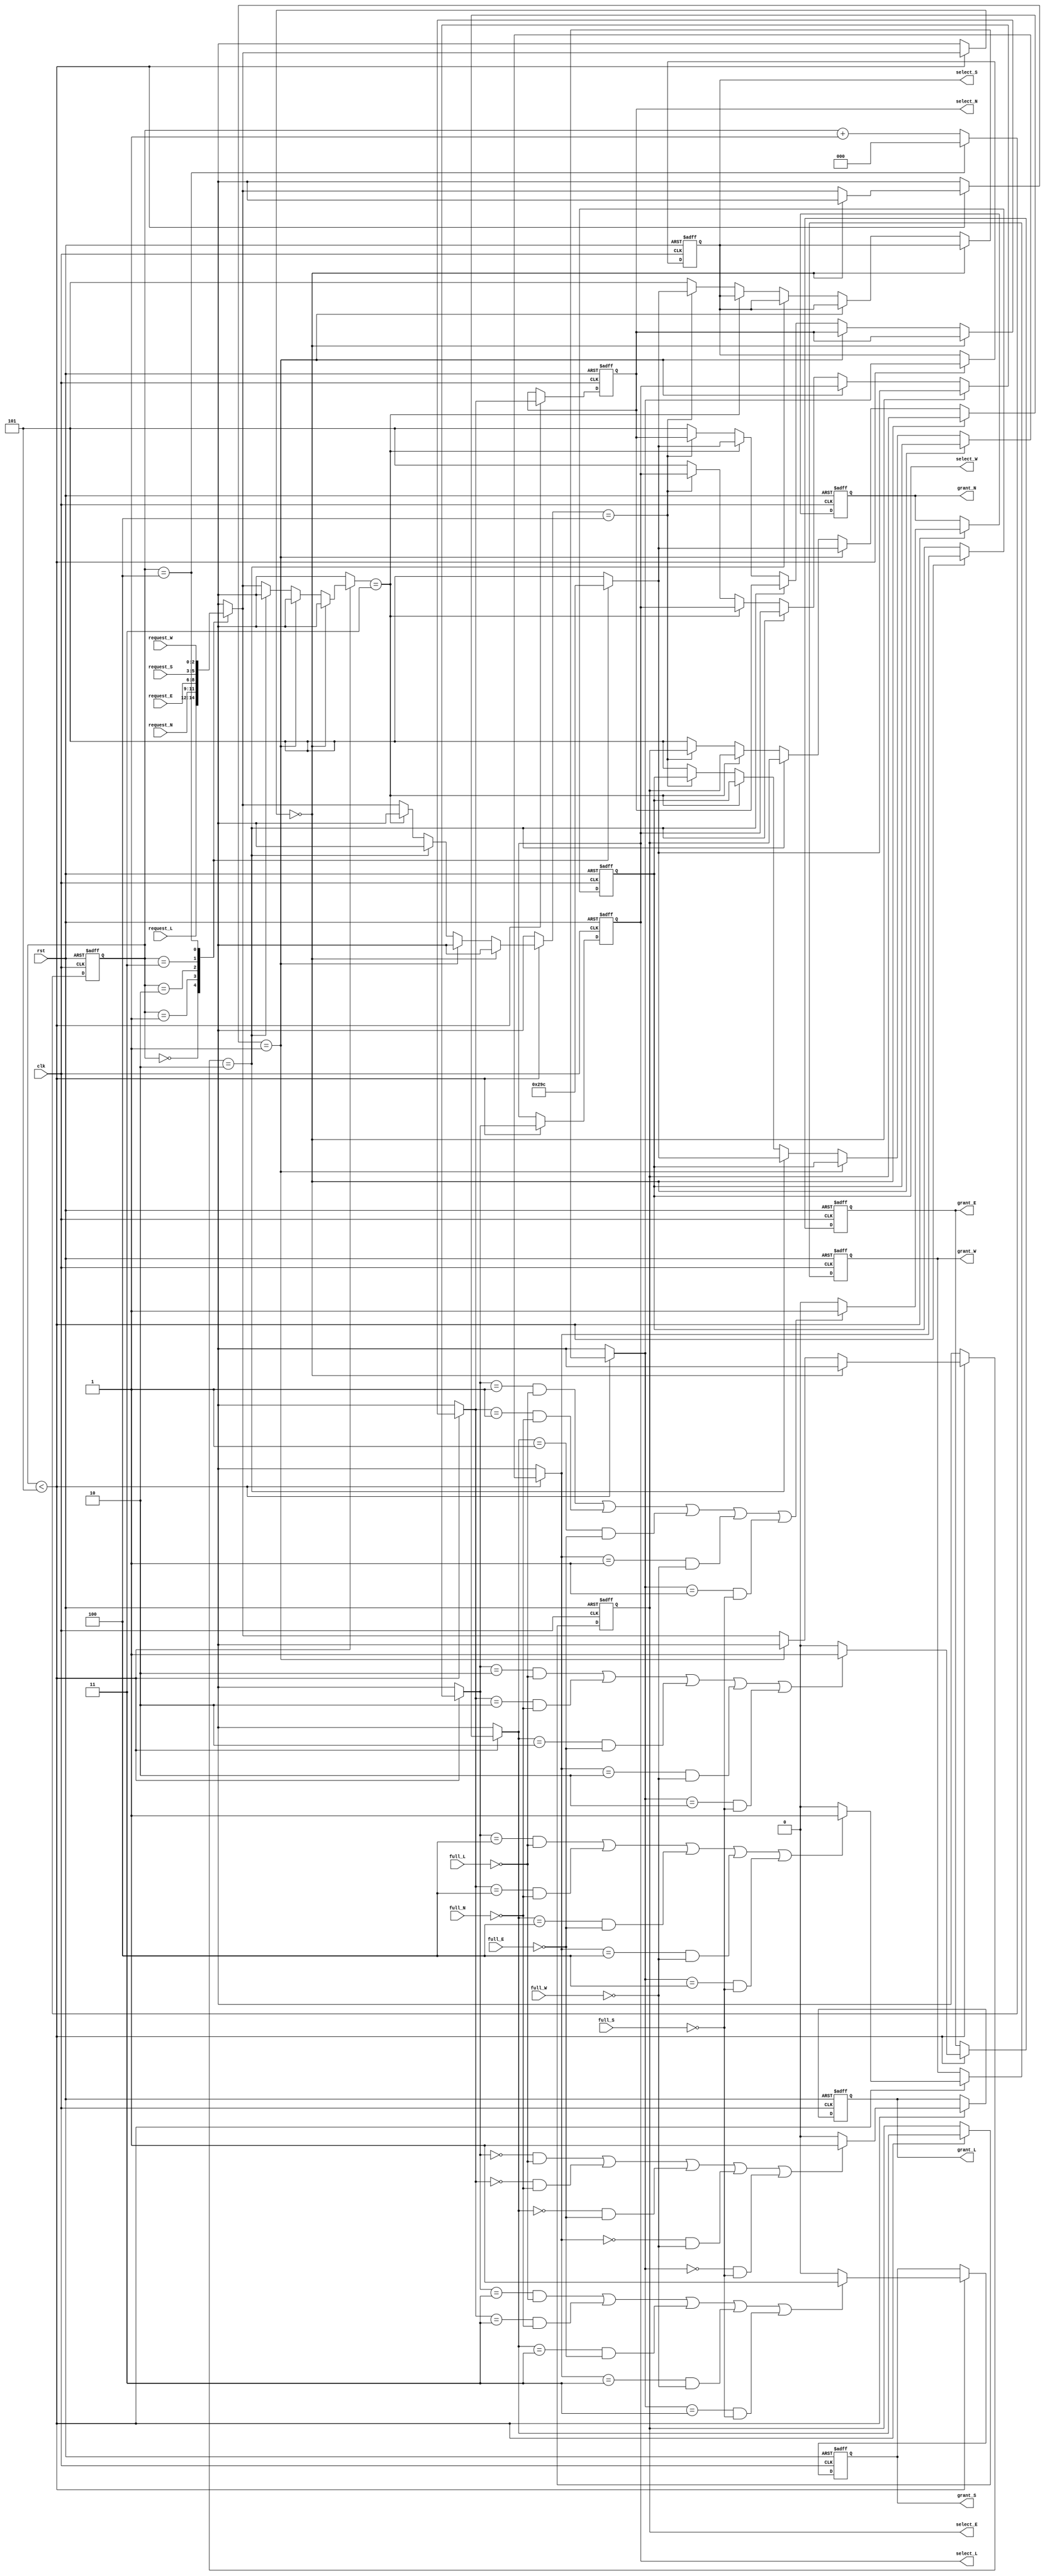
`timescale 1ns / 1ps
//////////////////////////////////////////////////////////////////////////////////
// Company: 
// Engineer: 
// 
// Design Name: 
// Module Name:    switch_atriber 
// Project Name: 
// Target Devices: 
// Tool versions: 
// Description: 
//
// Dependencies: 
//
// Revision: 
// Revision 0.01 - File Created
// Additional Comments: 
//
//////////////////////////////////////////////////////////////////////////////////
module switch_atriber
#(parameter N_BIT_SEL = 3,
  parameter N_REGISTER = 3)
( input [N_REGISTER-1:0] request_L, request_N, request_E, request_S, request_W,
  output reg grant_L,grant_N,grant_E,grant_S,grant_W,
  input full_L, full_N, full_E, full_S, full_W,
  input clk, rst,
  output reg [N_BIT_SEL-1:0] select_L, select_N, select_E, select_S, select_W
);

reg [N_REGISTER-1:0] request[4:0];
reg [2:0] count;

/*localparam */
localparam [N_REGISTER-1:0] OUT_L = 3'b000;
localparam [N_REGISTER-1:0] OUT_E = 3'b001;
localparam [N_REGISTER-1:0] OUT_W = 3'b010;
localparam [N_REGISTER-1:0] OUT_N = 3'b011;
localparam [N_REGISTER-1:0] OUT_S = 3'b100;
localparam [N_BIT_SEL-1:0] IN_NON = 3'd5;
localparam [N_BIT_SEL-1:0] IN_L = 3'd0;
localparam [N_BIT_SEL-1:0] IN_N = 3'd1;
localparam [N_BIT_SEL-1:0] IN_E = 3'd2;
localparam [N_BIT_SEL-1:0] IN_S = 3'd3;
localparam [N_BIT_SEL-1:0] IN_W = 3'd4;

always@*
	begin
		request[0] <= request_L;
		request[1] <= request_N;
		request[2] <= request_E;
		request[3] <= request_S;
		request[4] <= request_W;
	end
	
always@(posedge clk, posedge rst)
	begin
		if(rst)
			begin
				select_L = IN_NON;
				select_N = IN_NON;
				select_E = IN_NON;
				select_W = IN_NON;
				select_S = IN_NON;
				grant_L = 0;
				grant_N = 0;
				grant_E = 0;
				grant_W = 0;
				grant_S = 0;
				
				/*reset count*/
				count = 0;
			end
		else
			begin
				if(count < 5)
					begin
					/*Output local control*/
						if(request[count] == OUT_L) //output Local
							begin
								case(count)
									0: select_L = IN_L; //local
									1: select_L = IN_N; //N
									2: select_L = IN_E; //E
									3: select_L = IN_S; //S
									4: select_L = IN_W; //W
									default: select_L = IN_NON;
								endcase
							end
					/*Output East control*/
						 else if(request[count] == OUT_E) 
							begin
								case(count)
									0: select_E = IN_L; //local
									1: select_E = IN_N; //N
									2: select_E = IN_E; //E
									3: select_E = IN_S; //S
									4: select_E = IN_W; //W
									default: select_E = IN_NON;
								endcase
							end
					/*Output West control*/
						else if(request[count] == OUT_W) 
							begin
								case(count)
									0: select_W = IN_L; //local
									1: select_W = IN_N; //N
									2: select_W = IN_E; //E
									3: select_W = IN_S; //S
									4: select_W = IN_W; //W
									default: select_W = IN_NON;
								endcase
							end
					/*Output North control*/
						else if(request[count] == OUT_N) 
							begin
								case(count)
									0: select_N = IN_L; //local
									1: select_N = IN_N; //N
									2: select_N = IN_E; //E
									3: select_N = IN_S; //S
									4: select_N = IN_W; //W
									default: select_N = IN_NON;
								endcase
							end
					/*Output South control*/
						else if(request[count] == OUT_S) 
							begin
								case(count)
									0: select_S = IN_L; //local
									1: select_S = IN_N; //N
									2: select_S = IN_E; //E
									3: select_S = IN_S; //S
									4: select_S = IN_W; //W
									default: select_S = IN_NON;
								endcase
							end
						else
							begin
								select_L = IN_NON;
								select_N = IN_NON;
								select_E = IN_NON;
								select_W = IN_NON;
								select_S = IN_NON;
							end
					/*hanlde ack*/
					/*grant Local*/
						if((select_L == IN_L && full_L == 1'b0) || (select_N == IN_L && full_N == 1'b0) || (select_E == IN_L && full_E == 1'b0) ||
							(select_W == IN_L && full_W == 1'b0) || (select_S == IN_L && full_S == 1'b0))
								grant_L = 1;
						else
								grant_L = 0;
					/*grant North*/
						if((select_L == IN_N && full_L == 1'b0) || (select_N == IN_N && full_N == 1'b0) || (select_E == IN_N && full_E == 1'b0)||
							(select_W == IN_N && full_W == 1'b0) || (select_S == IN_N && full_S == 1'b0))
								grant_N = 1;
						else
								grant_N = 0;
					/*grant East*/
						if((select_L == IN_E && full_L == 1'b0) || (select_N == IN_E && full_N == 1'b0) || (select_E == IN_E && full_E == 1'b0) ||
							(select_W == IN_E && full_W == 1'b0) || (select_S == IN_E && full_S == 1'b0))							 
								grant_E = 1;
						else
								grant_E = 0;	
					/*grant West*/
						if((select_L == IN_W && full_L == 1'b0) || (select_N == IN_W && full_N == 1'b0)|| (select_E == IN_W && full_E == 1'b0) ||
							(select_W == IN_W && full_W == 1'b0) || (select_S == IN_W && full_S == 1'b0))
								grant_W = 1;
						else
								grant_W = 0;
					/*grant South*/
						if((select_L == IN_S && full_L == 1'b0) || (select_N == IN_S && full_N == 1'b0) || (select_E == IN_S && full_E == 1'b0) ||
							(select_W == IN_S && full_W == 1'b0) || (select_S == IN_S && full_S == 1'b0))
								grant_S = 1;
						else
								grant_S = 0;
								
					end
					
				/*increase count count 0 -> 4*/
				if(count == 4)
					count = 0;
				else
					count = count + 1;
			end
	end
	

endmodule